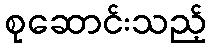
စုဆောင်းသည့်